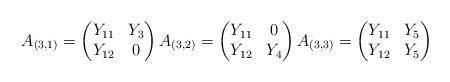
LaTeX: \begin{align*}A_{(3,1)} = \begin{pmatrix} Y_{11} & Y_{3} \\ Y_{12} & 0 \end{pmatrix}A_{(3,2)} = \begin{pmatrix} Y_{11} & 0 \\ Y_{12} & Y_{4} \end{pmatrix}A_{(3,3)} = \begin{pmatrix} Y_{11} & Y_{5} \\ Y_{12} & Y_{5} \end{pmatrix}\end{align*}